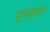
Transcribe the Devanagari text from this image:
मूनडांस